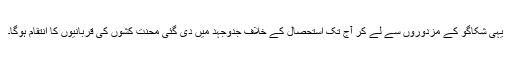
یہی شکاگو کے مزدوروں سے لے کر آج تک استحصال کے خلاف جدوجہد میں دی گئی محنت کشوں کی قربانیوں کا انتقام ہوگا۔